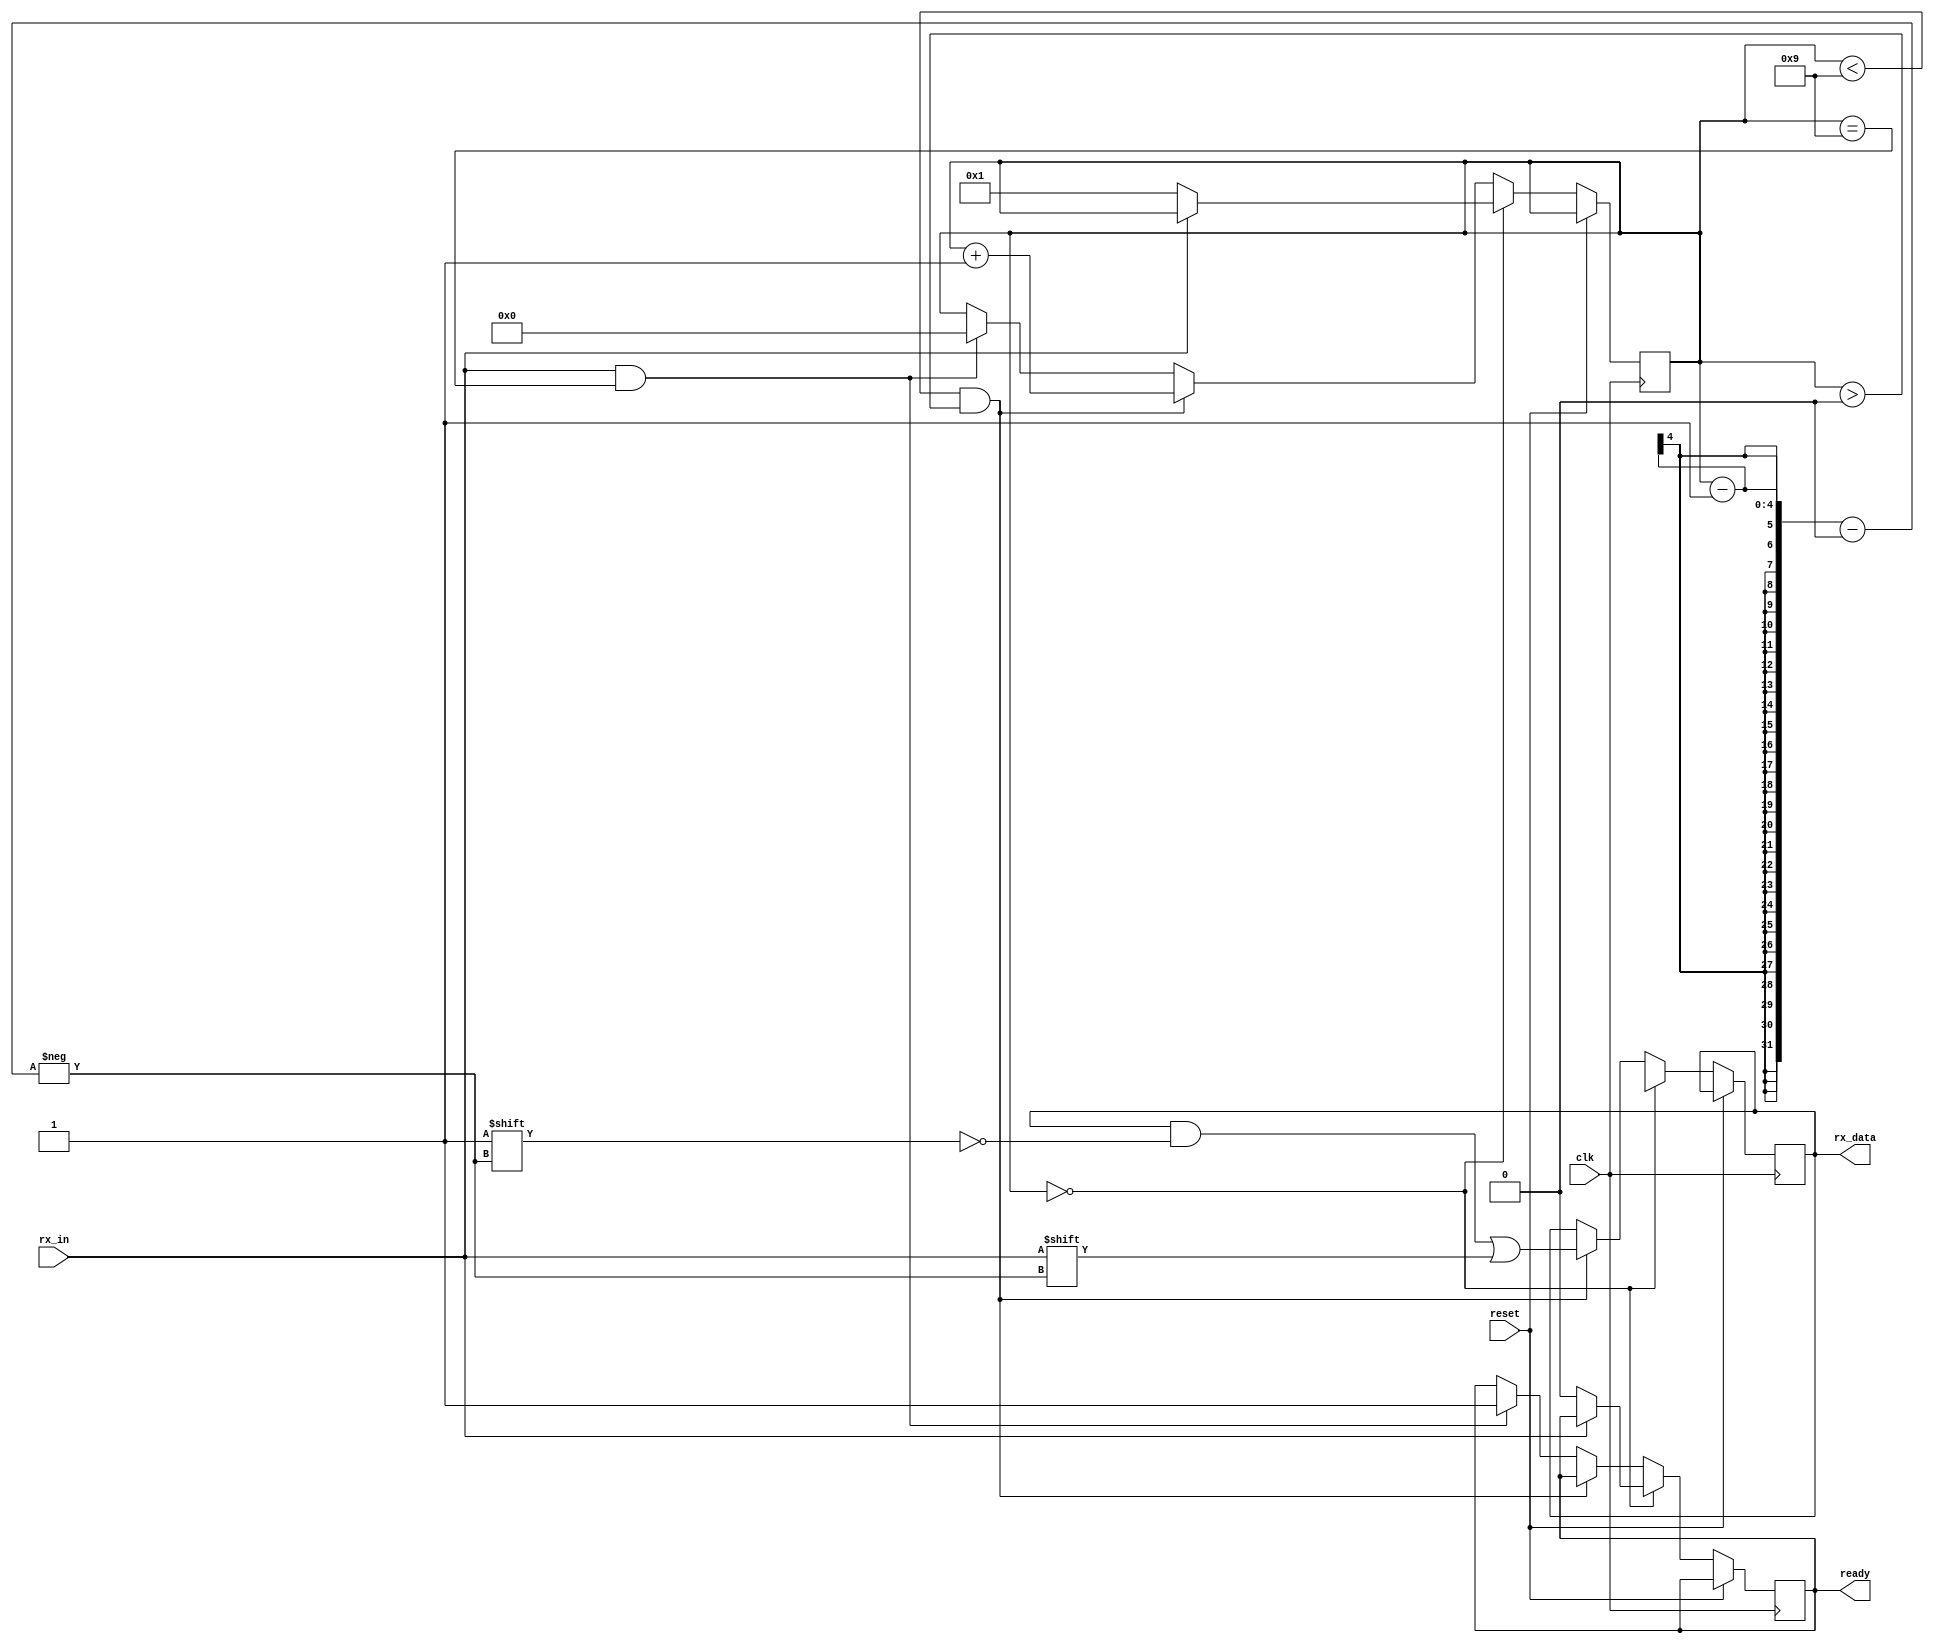
module RX_UART (
  input wire clk,
  input wire reset,
  input wire rx_in,
  output reg [7:0] rx_data,
  output reg ready
);

  reg [3:0] counter_rx = 0; // Counter bits

  always @(posedge clk or posedge reset)
    if (!reset) begin   
		if (counter_rx == 0) begin // start bit
			rx_data <= 8'bX;
			if (rx_in == 1'b0) begin
				counter_rx <= 1;
				ready <= 0;
			end
		end else if (counter_rx < 9 && counter_rx > 0) begin
			rx_data[counter_rx - 1] <= rx_in;
			counter_rx <= counter_rx + 1;
		end else if (rx_in == 1'b1 && counter_rx == 9) begin // stop bit
			ready <= 1;
			counter_rx <= 4'b0;
	   end               
	 end

endmodule